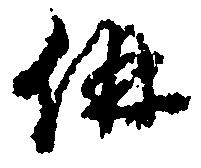
併